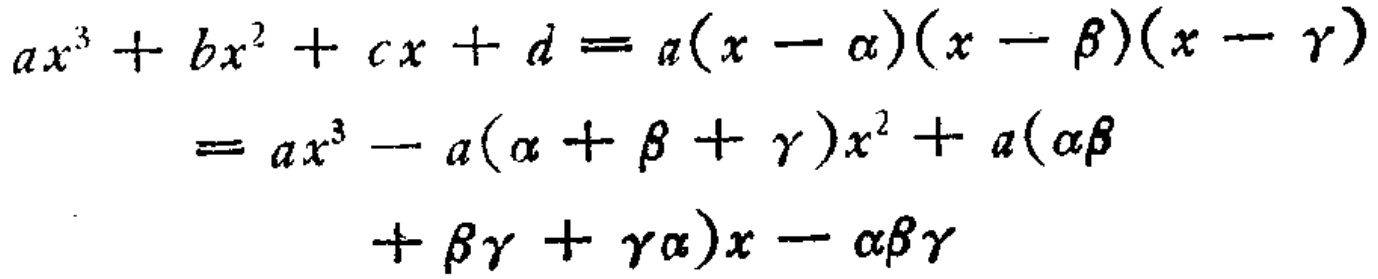
\[
\begin{align*}
ax^{3}+bx^{2}+cx + d&=a(x - \alpha)(x - \beta)(x - \gamma)\\
&=ax^{3}-a(\alpha+\beta+\gamma)x^{2}+a(\alpha\beta\\
&\quad+\beta\gamma+\gamma\alpha)x-\alpha\beta\gamma
\end{align*}
\]